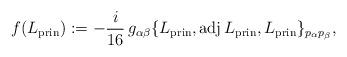
LaTeX: \begin{align*}f(L_\mathrm{prin}):=-\frac i{16}\,g_{\alpha\beta}\{L_\mathrm{prin},\operatorname{adj}L_\mathrm{prin},L_\mathrm{prin}\}_{p_\alpha p_\beta},\end{align*}